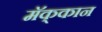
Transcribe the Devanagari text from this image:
मॅक्‌कान